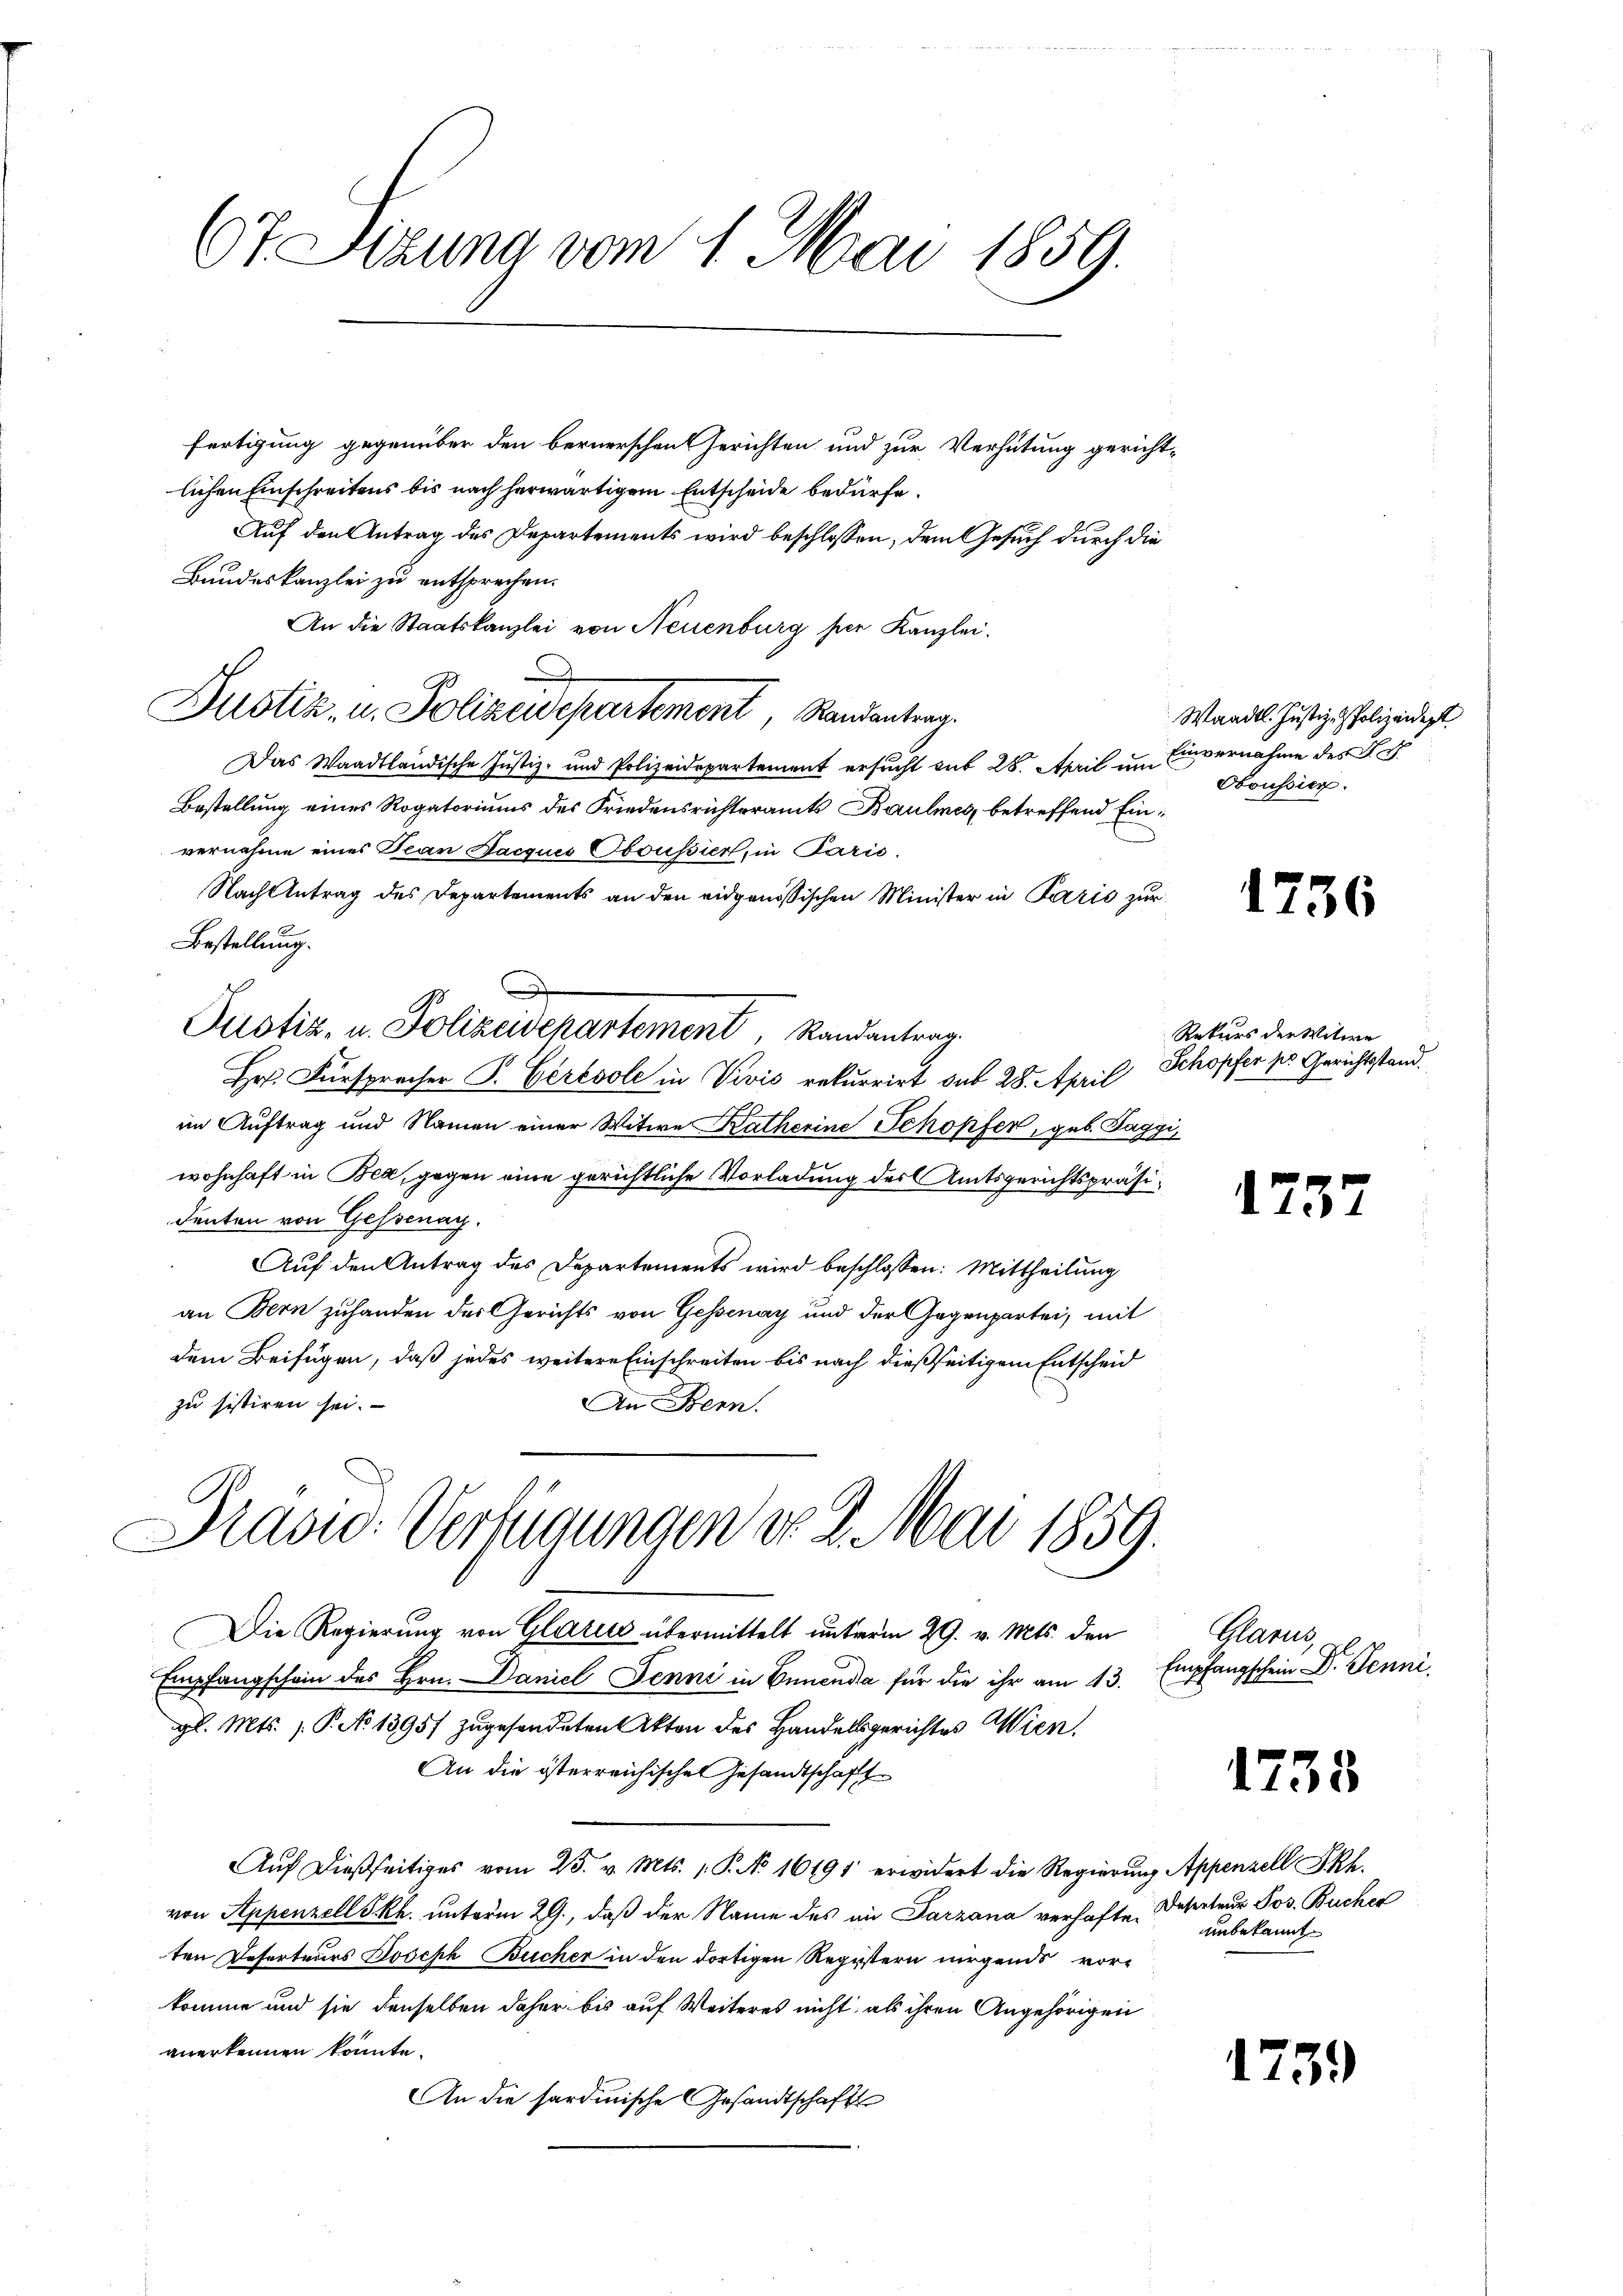
67 Sizung vom 1. Mai 1859.

fertigung gegenüber den bernerschen Gerichten und zur Verhütung gerichtlichen Einschreitens bis nach herwärtigem Entscheide bedürfe.
Auf den Antrag des Departements wird beschlossen, dem Gesuch durch die
Bundeskanzlei zu entsprechen.
An die Staatskanzlei von Neuenburg per Kanzlei.
Justiz- u. Polizeidepartement Randantrag.
Das Waadtländische Justiz- und Polizeidepartement ersucht sub 28. April im vernahme des Jah
Bestellung eines Rogatoriums des Friedensrichteramts Baulmes, betreffend Einvernahme eines Jean Pacquis Oboussiert, in Paris.
Nach Antrag des Departements an den eidgenössischen Minister in Paris zur
Bestellung.
c
Justiz- u. Polizeidepartement Randantrag
Hr. Fürspracher P. Gerevole in Vivis rekurrirt sub 28. April
im Auftrag und Namen einer Witwe Ratherine Schopfer, geb. Taggi
wohnhaft in Bea, gegen eine gerichtliche Vorladung des Amtsgerichtspräsidenten von Gessenag
Auf den Antrag des Departements wird beschlossen: Mittheilung
an Bern zuhanden des Gerichts von Gessenay und der Gegenpartei, mit
dem Beifügen, daß jedes weitere Einschreiten bis nach dießseitigem Entscheid
zu sistiren sei.
An Bern.

Praswo-Verfügungen do 2. Mai 1859.

Die Regierung von Glarus übermittelt unterm 29. v. Mts. den
Empfangschein des Hrn. Daniel Jenni in Ennenda für die ihr am 13.
gl. Mts. 1. P. No 13957 zugesendeten Akten des Handelsgerichtes Wien,
An die österreichischen Gesandtschaft
Aŭf dießseitiges vom 23. v. Mts. 1. P. No. 16191 erwidert die Regierung Appenzell Pkt.
von Appenzell Skh. unterm 29., daß der Name des in Parzana verhaften unbekannt
ten Deserteurs Joseph Bucher in den dortigen Registern nirgends vorkomme und sie denselben daher bis auf Weiteres nicht als ihren Angehörigen
anerkennen könnte.
An die sardinische Gesandtschaft

Waadt. Justiz- Polizeidigt
Oboussier.

1736

Rekurs der Witwe
Schopfer pr. Gerichtsstand.

1237

Glarus,
Empfangschein Dr. Jenni
n

1738

Desertens Jos. Bucher

1739